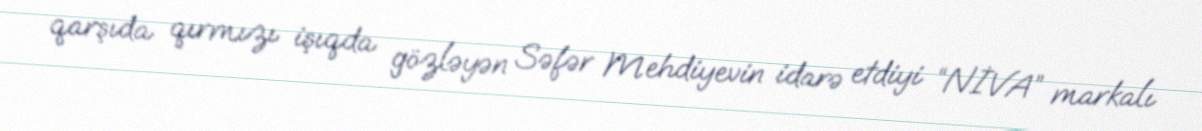
qarşıda qırmızı işıqda gözləyən Səfər Mehdiyevin idarə etdiyi “NİVA” markalı